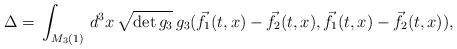
LaTeX: \begin{align*} \Delta =\,\int_{M_3(1)}\,d^3 x\,\sqrt{\det g_3}\,g_3(\vec{f}_1(t,x)-\vec{f}_2(t,x),\vec{f}_1(t,x)-\vec{f}_2(t,x)), \end{align*}